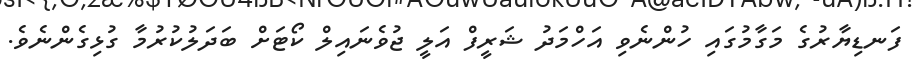
ފަނޑިޔާރުގެ މަގާމުގައި ހުންނެވި އަހްމަދު ޝަރީފް އަލީ ޖުވެނައިލް ކޯޓަށް ބަދަލުކުރުމާ ގުޅިގެންނެވެ.